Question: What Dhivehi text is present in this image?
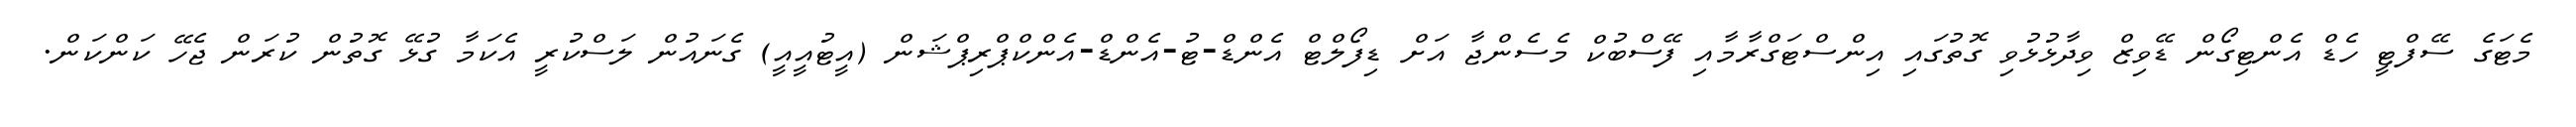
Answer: މެޓަގެ ސޭފްޓީ ހެޑް އެންޓިގޯން ޑޭވިޒް ވިދާޅުޅުވި ގޮތުގައި އިންސްޓަގްރާމާއި ފޭސްބުކް މެސެންޖާ އަށް ޑިފޯލްޓް އެންޑް-ޓު-އެންޑް-އެންކްޕްރިޕްޝަން (އީޓުއީއީ) ގެނައުން ލަސްކުރީ އެކަމާ ގުޅޭ ގޮތުން ކުރަން ޖެހޭ ކަންކަން.